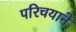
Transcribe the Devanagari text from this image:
परिचयाने